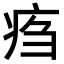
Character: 𤵰